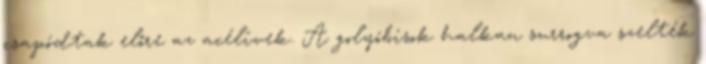
csapódtak előre az acélívek. A golyóbisok halkan surrogva szelték